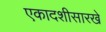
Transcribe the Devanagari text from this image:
एकादशीसारखे